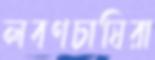
লবণচাষিরা